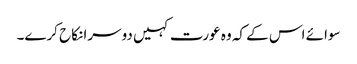
سوائے اس کے کہ وہ عورت کہیں دوسرا نکاح کرے۔